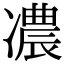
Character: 𠘊